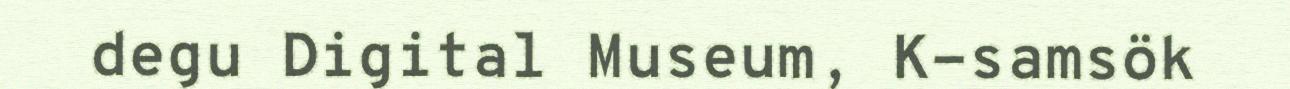
degu Digital Museum, K-samsök